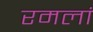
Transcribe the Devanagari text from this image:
रमलां